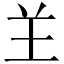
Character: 𦍌